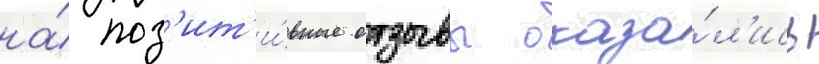
на́ поз'ит'и́вные отзывы оказа́л'ись